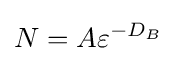
N=A\varepsilon ^{-D_{B}}